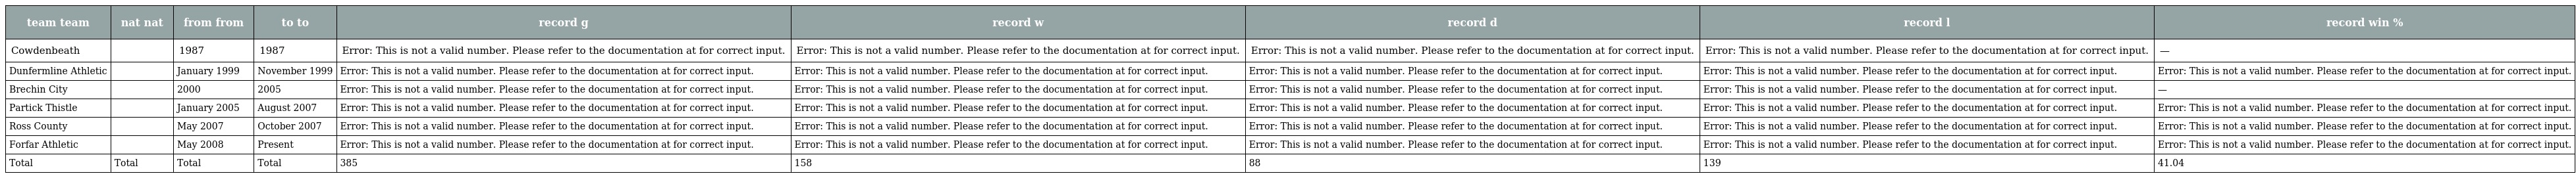
| team team | nat nat | from from | to to | record g | record w | record d | record l | record win % |
 | --- | --- | --- | --- | --- | --- | --- | --- | --- |
 | Cowdenbeath |  | 1987 | 1987 | Error: This is not a valid number. Please refer to the documentation at for correct input. | Error: This is not a valid number. Please refer to the documentation at for correct input. | Error: This is not a valid number. Please refer to the documentation at for correct input. | Error: This is not a valid number. Please refer to the documentation at for correct input. | — |
 | Dunfermline Athletic |  | January 1999 | November 1999 | Error: This is not a valid number. Please refer to the documentation at for correct input. | Error: This is not a valid number. Please refer to the documentation at for correct input. | Error: This is not a valid number. Please refer to the documentation at for correct input. | Error: This is not a valid number. Please refer to the documentation at for correct input. | Error: This is not a valid number. Please refer to the documentation at for correct input. |
 | Brechin City |  | 2000 | 2005 | Error: This is not a valid number. Please refer to the documentation at for correct input. | Error: This is not a valid number. Please refer to the documentation at for correct input. | Error: This is not a valid number. Please refer to the documentation at for correct input. | Error: This is not a valid number. Please refer to the documentation at for correct input. | — |
 | Partick Thistle |  | January 2005 | August 2007 | Error: This is not a valid number. Please refer to the documentation at for correct input. | Error: This is not a valid number. Please refer to the documentation at for correct input. | Error: This is not a valid number. Please refer to the documentation at for correct input. | Error: This is not a valid number. Please refer to the documentation at for correct input. | Error: This is not a valid number. Please refer to the documentation at for correct input. |
 | Ross County |  | May 2007 | October 2007 | Error: This is not a valid number. Please refer to the documentation at for correct input. | Error: This is not a valid number. Please refer to the documentation at for correct input. | Error: This is not a valid number. Please refer to the documentation at for correct input. | Error: This is not a valid number. Please refer to the documentation at for correct input. | Error: This is not a valid number. Please refer to the documentation at for correct input. |
 | Forfar Athletic |  | May 2008 | Present | Error: This is not a valid number. Please refer to the documentation at for correct input. | Error: This is not a valid number. Please refer to the documentation at for correct input. | Error: This is not a valid number. Please refer to the documentation at for correct input. | Error: This is not a valid number. Please refer to the documentation at for correct input. | Error: This is not a valid number. Please refer to the documentation at for correct input. |
 | Total | Total | Total | Total | 385 | 158 | 88 | 139 | 41.04 |